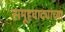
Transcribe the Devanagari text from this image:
समूहवाद्यांच्या